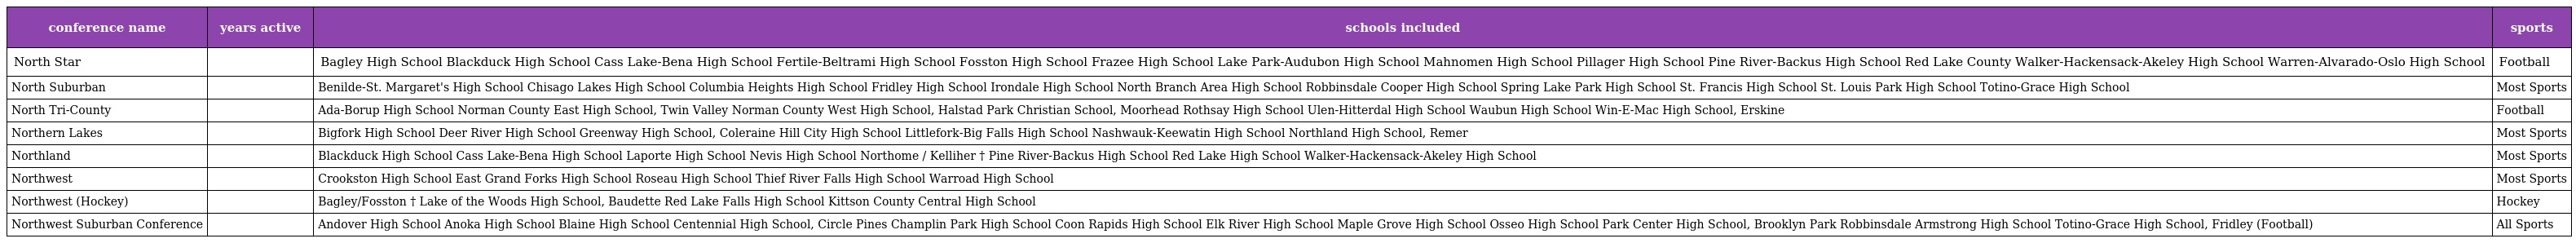
| conference name | years active | schools included | sports |
 | --- | --- | --- | --- |
 | North Star |  | Bagley High School Blackduck High School Cass Lake-Bena High School Fertile-Beltrami High School Fosston High School Frazee High School Lake Park-Audubon High School Mahnomen High School Pillager High School Pine River-Backus High School Red Lake County Walker-Hackensack-Akeley High School Warren-Alvarado-Oslo High School | Football |
 | North Suburban |  | Benilde-St. Margaret's High School Chisago Lakes High School Columbia Heights High School Fridley High School Irondale High School North Branch Area High School Robbinsdale Cooper High School Spring Lake Park High School St. Francis High School St. Louis Park High School Totino-Grace High School | Most Sports |
 | North Tri-County |  | Ada-Borup High School Norman County East High School, Twin Valley Norman County West High School, Halstad Park Christian School, Moorhead Rothsay High School Ulen-Hitterdal High School Waubun High School Win-E-Mac High School, Erskine | Football |
 | Northern Lakes |  | Bigfork High School Deer River High School Greenway High School, Coleraine Hill City High School Littlefork-Big Falls High School Nashwauk-Keewatin High School Northland High School, Remer | Most Sports |
 | Northland |  | Blackduck High School Cass Lake-Bena High School Laporte High School Nevis High School Northome / Kelliher † Pine River-Backus High School Red Lake High School Walker-Hackensack-Akeley High School | Most Sports |
 | Northwest |  | Crookston High School East Grand Forks High School Roseau High School Thief River Falls High School Warroad High School | Most Sports |
 | Northwest (Hockey) |  | Bagley/Fosston † Lake of the Woods High School, Baudette Red Lake Falls High School Kittson County Central High School | Hockey |
 | Northwest Suburban Conference |  | Andover High School Anoka High School Blaine High School Centennial High School, Circle Pines Champlin Park High School Coon Rapids High School Elk River High School Maple Grove High School Osseo High School Park Center High School, Brooklyn Park Robbinsdale Armstrong High School Totino-Grace High School, Fridley (Football) | All Sports |